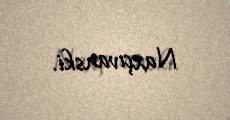
Naxçıvanski.